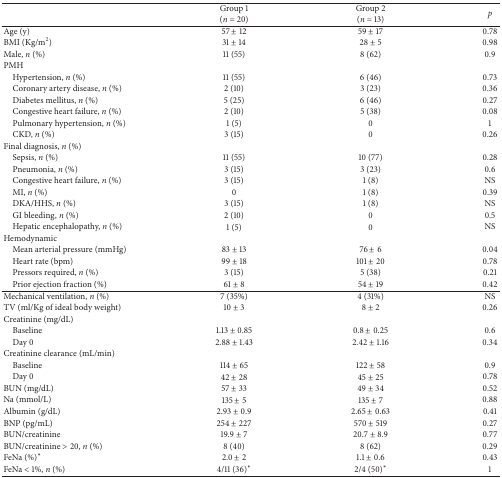
<table><thead><tr><td><b> </b></td><td><b>Group 1(<i>n</i> = 20)</b></td><td><b>Group 2(<i>n</i> = 13)</b></td><td><b><i>p</i></b></td></tr></thead><tbody><tr><td>Age (y)</td><td>57 ± 12</td><td>59 ± 17</td><td>0.78</td></tr><tr><td>BMI (Kg/m<sup>2</sup>)</td><td>31 ± 14</td><td>28 ± 5</td><td>0.98</td></tr><tr><td>Male, <i>n</i> (%)</td><td>11 (55)</td><td>8 (62)</td><td>0.9</td></tr><tr><td colspan="4">PMH</td></tr><tr><td> Hypertension, <i>n</i> (%)</td><td>11 (55)</td><td>6 (46)</td><td>0.73</td></tr><tr><td> Coronary artery disease, <i>n</i> (%)</td><td>2 (10)</td><td>3 (23)</td><td>0.36</td></tr><tr><td> Diabetes mellitus, <i>n</i> (%)</td><td>5 (25)</td><td>6 (46)</td><td>0.27</td></tr><tr><td> Congestive heart failure, <i>n</i> (%)</td><td>2 (10)</td><td>5 (38)</td><td>0.08</td></tr><tr><td> Pulmonary hypertension, <i>n</i> (%)</td><td>1 (5)</td><td>0</td><td>1</td></tr><tr><td> CKD, <i>n</i> (%)</td><td>3 (15)</td><td>0</td><td>0.26</td></tr><tr><td colspan="4">Final diagnosis, <i>n</i> (%)</td></tr><tr><td> Sepsis, <i>n</i> (%)</td><td>11 (55)</td><td>10 (77)</td><td>0.28</td></tr><tr><td> Pneumonia, <i>n</i> (%)</td><td>3 (15)</td><td>3 (23)</td><td>0.6</td></tr><tr><td> Congestive heart failure, <i>n</i> (%)</td><td>3 (15)</td><td>1 (8)</td><td>NS</td></tr><tr><td> MI, <i>n</i> (%)</td><td>0</td><td>1 (8)</td><td>0.39</td></tr><tr><td> DKA/HHS, <i>n</i> (%)</td><td>3 (15)</td><td>1 (8)</td><td>NS</td></tr><tr><td> GI bleeding, <i>n</i> (%)</td><td>2 (10)</td><td>0</td><td>0.5</td></tr><tr><td> Hepatic encephalopathy, <i>n</i> (%)</td><td>1 (5)</td><td>0</td><td>NS</td></tr><tr><td colspan="4">Hemodynamic</td></tr><tr><td> Mean arterial pressure (mmHg)</td><td>83 ± 13</td><td>76 ± 6</td><td>0.04</td></tr><tr><td> Heart rate (bpm)</td><td>99 ± 18</td><td>101 ± 20</td><td>0.78</td></tr><tr><td> Pressors required, <i>n</i> (%)</td><td>3 (15)</td><td>5 (38)</td><td>0.21</td></tr><tr><td> Prior ejection fraction (%)</td><td>61 ± 8</td><td>54 ± 19</td><td>0.42</td></tr><tr><td>Mechanical ventilation, <i>n</i> (%)</td><td>7 (35%)</td><td>4 (31%)</td><td>NS</td></tr><tr><td>TV (ml/Kg of ideal body weight)</td><td>10 ± 3</td><td>8 ± 2</td><td>0.26</td></tr><tr><td>Creatinine (mg/dL)</td><td> </td><td> </td><td> </td></tr><tr><td> Baseline</td><td>1.13 ± 0.85</td><td>0.8 ± 0.25</td><td>0.6</td></tr><tr><td> Day 0</td><td>2.88 ± 1.43</td><td>2.42 ± 1.16</td><td>0.34</td></tr><tr><td>Creatinine clearance (mL/min)</td><td> </td><td> </td><td> </td></tr><tr><td> Baseline</td><td>114 ± 65</td><td>122 ± 58</td><td>0.9</td></tr><tr><td> Day 0</td><td>42 ± 28</td><td>45 ± 25</td><td>0.78</td></tr><tr><td>BUN (mg/dL)</td><td>57 ± 33</td><td>49 ± 34</td><td>0.52</td></tr><tr><td>Na (mmol/L)</td><td>135 ± 5</td><td>135 ± 7</td><td>0.88</td></tr><tr><td>Albumin (g/dL)</td><td>2.93 ± 0.9</td><td>2.65 ± 0.63</td><td>0.41</td></tr><tr><td>BNP (pg/mL)</td><td>254 ± 227</td><td>570 ± 519</td><td>0.27</td></tr><tr><td>BUN/creatinine</td><td>19.9 ± 7</td><td>20.7 ± 8.9</td><td>0.77</td></tr><tr><td>BUN/creatinine &gt; 20, <i>n</i> (%)</td><td>8 (40)</td><td>8 (62)</td><td>0.29</td></tr><tr><td>FeNa (%)<sup><i>∗</i></sup></td><td>2.0 ± 2</td><td>1.1 ± 0.6</td><td>0.43</td></tr><tr><td>FeNa &lt; 1%, <i>n</i> (%)</td><td>4/11 (36)<sup><i>∗</i></sup></td><td>2/4 (50)<sup><i>∗</i></sup></td><td>1</td></tr></tbody></table>